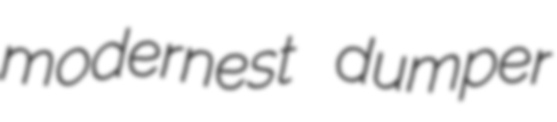
modernest dumper